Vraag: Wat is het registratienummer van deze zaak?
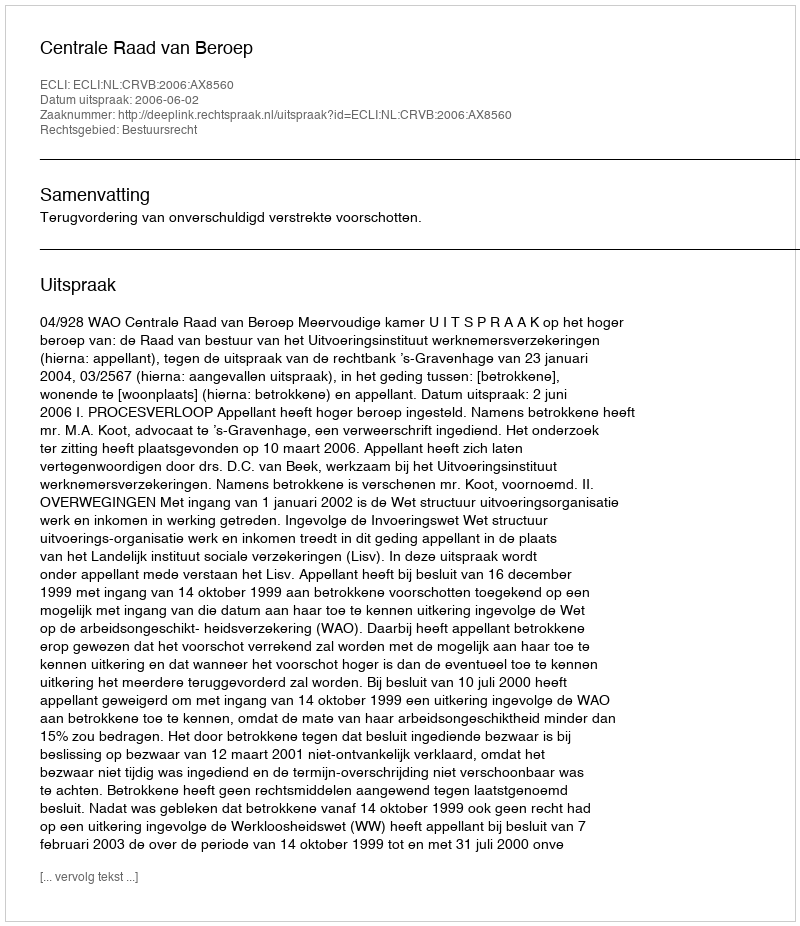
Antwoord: http://deeplink.rechtspraak.nl/uitspraak?id=ECLI:NL:CRVB:2006:AX8560